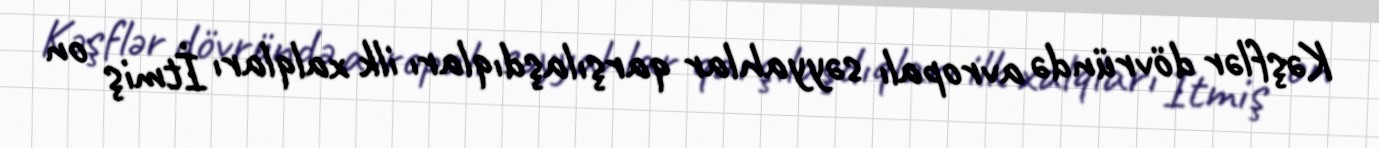
Kəşflər dövründə avropalı səyyahlar qarşılaşdıqları ilk xalqları İtmiş on